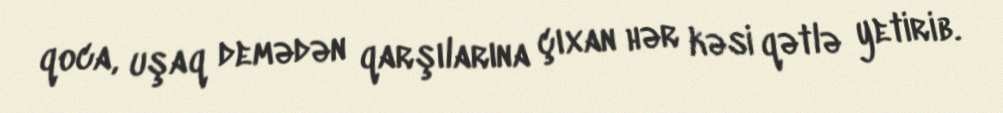
qoca, uşaq demədən qarşılarına çıxan hər kəsi qətlə yetirib.